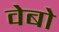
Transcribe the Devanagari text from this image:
वेबो